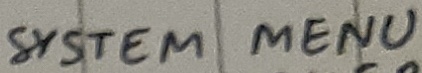
Text: SYSTEM MENU